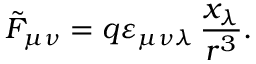
\tilde { F } _ { \mu \nu } = q \varepsilon _ { \mu \nu \lambda } \, \frac { x _ { \lambda } } { r ^ { 3 } } .